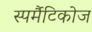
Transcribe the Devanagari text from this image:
स्पर्मैटिकोज